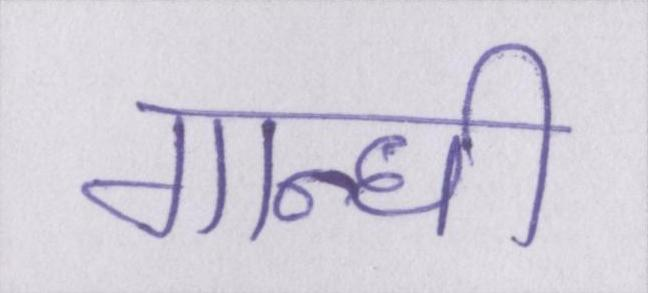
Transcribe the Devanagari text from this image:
गान्धी